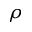
\rho